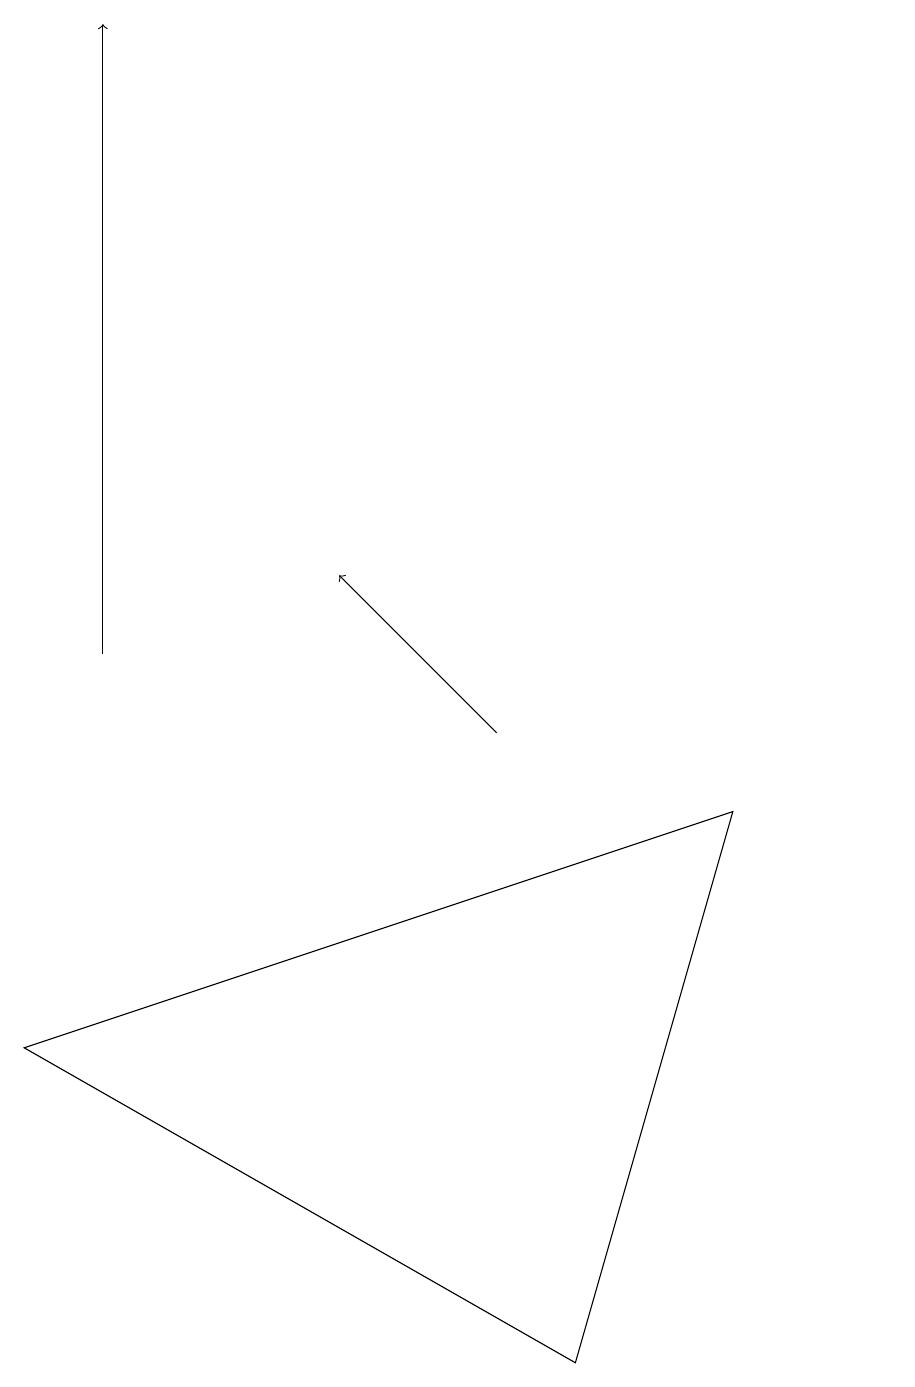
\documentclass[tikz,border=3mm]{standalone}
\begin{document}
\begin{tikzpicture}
\draw (11,10) circle (0);
\draw[->] (1,11) -- (1,19);
\draw (7,2) -- (0,6) -- (9,9) -- cycle;
\draw[->] (6,10) -- (4,12);
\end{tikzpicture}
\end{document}